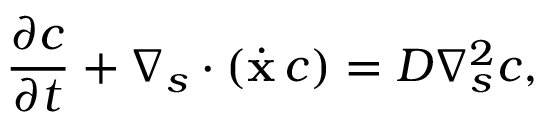
\frac { \partial c } { \partial t } + \boldsymbol { \nabla } _ { s } \boldsymbol { \cdot } ( \dot { \mathbf { x } } \, c ) = D \nabla _ { s } ^ { 2 } c ,